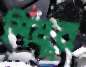
শিমুর